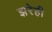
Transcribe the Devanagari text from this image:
झरेही